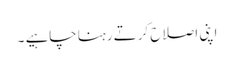
اپنی اصلاح کرتے رہنا چاہیے ۔